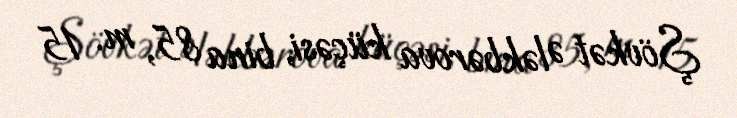
Şövkət Ələkbərova küçəsi, bina 85, m. 15